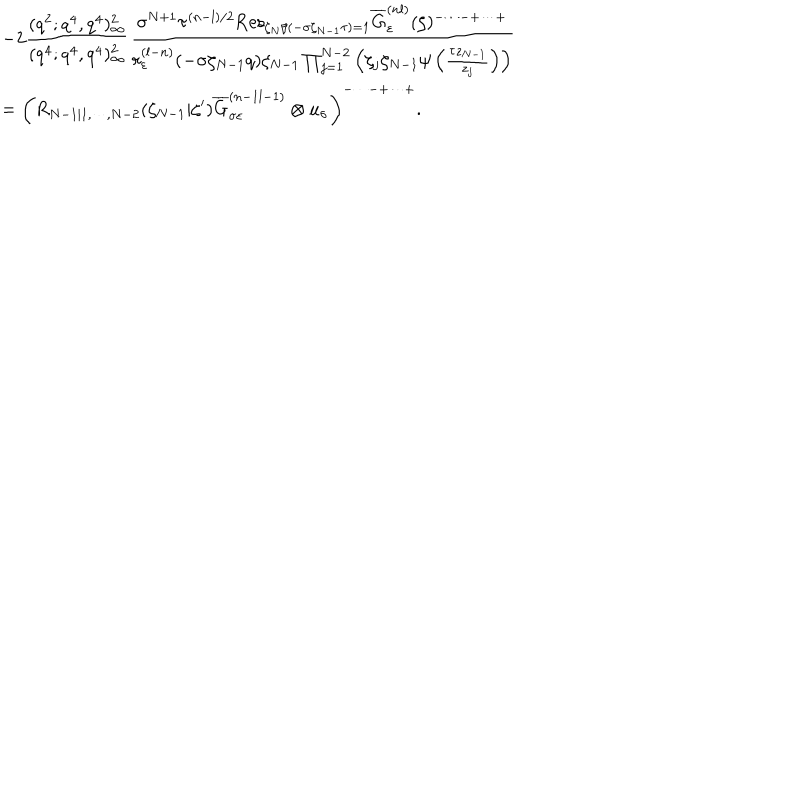
\begin{array} { c l } { { } } & { { \displaystyle - 2 \frac { ( q ^ { 2 } ; q ^ { 4 } , q ^ { 4 } ) _ { \infty } ^ { 2 } } { ( q ^ { 4 } ; q ^ { 4 } , q ^ { 4 } ) _ { \infty } ^ { 2 } } \frac { \sigma ^ { N + 1 } \tau ^ { ( n - l ) / 2 } \mathrm { R e s } _ { \zeta _ { N } / ( - \sigma \zeta _ { N - 1 } \tau ) = 1 } \overline { { { G } } } _ { \varepsilon } ^ { ( n l ) } ( \zeta ) ^ { - \cdots - + \cdots + } } { r _ { \varepsilon } ^ { ( l - n ) } ( - \sigma \zeta _ { N - 1 } q ) \zeta _ { N - 1 } \prod _ { j = 1 } ^ { N - 2 } \left( \zeta _ { j } \zeta _ { N - 1 } \psi \left( \frac { \tau z _ { N - 1 } } { z _ { j } } \right) \right) } } } \\ { { } } & { { = \displaystyle \left( R _ { N - 1 | 1 , \cdots , N - 2 } ( \zeta _ { N - 1 } | \zeta ^ { \prime } ) \overline { { { G } } } _ { \sigma \varepsilon } ^ { ( n - 1 l - 1 ) } \otimes u _ { \sigma } \right) ^ { - \cdots - + \cdots + } . } } \\ \end{array}